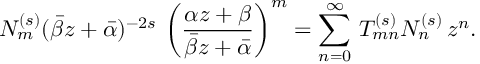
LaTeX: N _ { m } ^ { ( s ) } ( \bar { \beta } z + \bar { \alpha } ) ^ { - 2 s } \, \left( \frac { \alpha z + \beta } { \bar { \beta } z + \bar { \alpha } } \right) ^ { m } = \sum _ { n = 0 } ^ { \infty } \, T _ { m n } ^ { ( s ) } N _ { n } ^ { ( s ) } \, z ^ { n } .